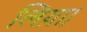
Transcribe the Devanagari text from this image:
लिय़ा।